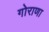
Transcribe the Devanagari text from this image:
गोराणा